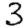
Digit: 3